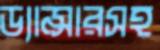
ড্যান্সারসহ